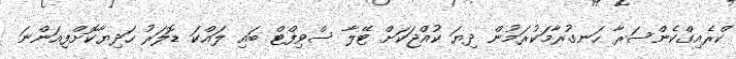
ކްރެއިގްކެންސަރާ ހަނގުރާމަކުރަމުން ދިޔަ ކުއްޖަކަށް ޓޭލާ ސްވިފްޓް ބައި ލައްކަ ޑޮލަރު ހަދިޔާކޮށްފިއަންނަ